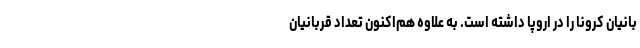
بانیان کرونا را در اروپا داشته است. به علاوه هم‌اکنون تعداد قربانیان